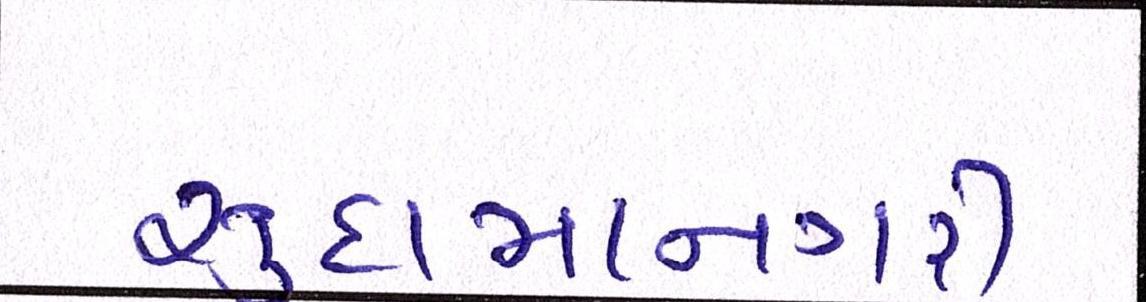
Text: સુદામાનગરી